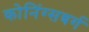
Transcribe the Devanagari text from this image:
कोनिंग्सबर्ग